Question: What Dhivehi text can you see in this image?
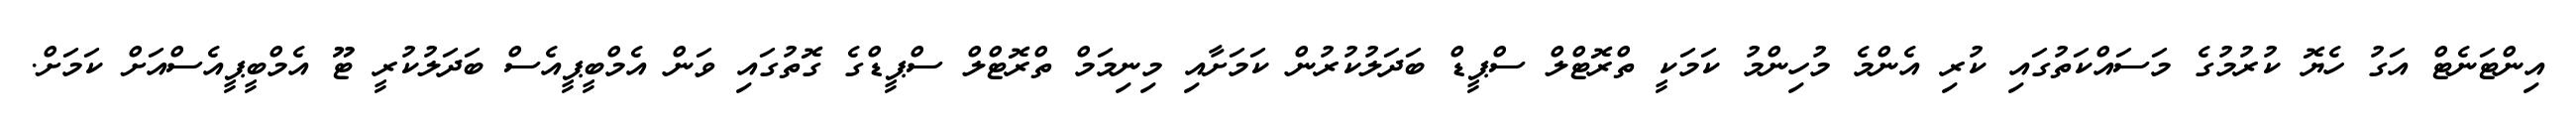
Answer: އިންޓަނެޓް އަގު ހެޔޮ ކުރުމުގެ މަސައްކަތުގައި ކުރި އެންމެ މުހިންމު ކަމަކީ ތްރޮޓްލް ސްޕީޑް ބަދަލުކުރުން ކަމަށާއި މިނިމަމް ތްރޮޓްލް ސްޕީޑްގެ ގޮތުގައި ވަން އެމްބީޕީއެސް ބަދަލުކުރީ ޓޫ އެމްބީޕީއެސްއަށް ކަމަށް.